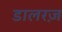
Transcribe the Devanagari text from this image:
डालरज़